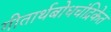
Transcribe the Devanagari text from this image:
गीतार्थबोधचंद्रिकेत